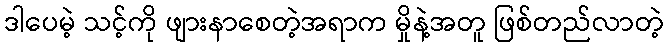
ဒါပေမဲ့ သင့်ကို ဖျားနာစေတဲ့အရာက မှိုနဲ့အတူ ဖြစ်တည်လာတဲ့